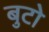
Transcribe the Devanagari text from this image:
बुटो